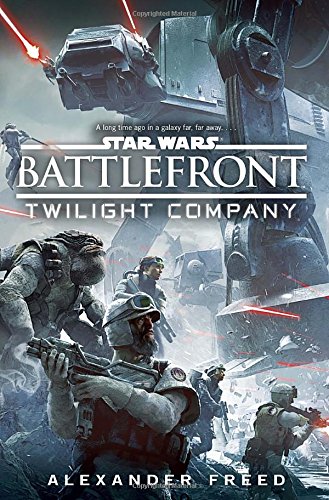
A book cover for Battlefront: Twilight Company (Star Wars); Alexander Freed; Science Fiction & Fantasy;